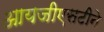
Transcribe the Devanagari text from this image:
आयजीएसटीने